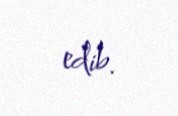
edib.